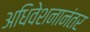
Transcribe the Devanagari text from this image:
अधिवेशनानंतर